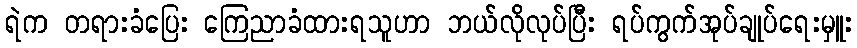
ရဲက တရားခံပြေး ကြေညာခံထားရသူဟာ ဘယ်လိုလုပ်ပြီး ရပ်ကွက်အုပ်ချုပ်ရေးမှူး